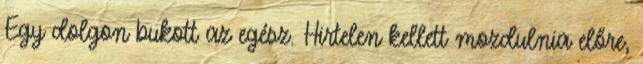
Egy dolgon bukott az egész. Hirtelen kellett mozdulnia előre,